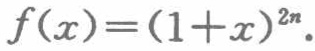
\[f(x)=(1 + x)^{2n}.\]